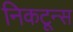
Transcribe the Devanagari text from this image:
निकटून्स